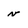
Character: v